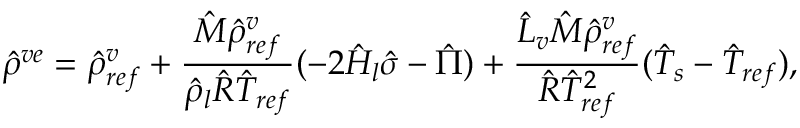
\hat { \rho } ^ { v e } = \hat { \rho } _ { r e f } ^ { v } + \frac { \hat { M } \hat { \rho } _ { r e f } ^ { v } } { \hat { \rho } _ { l } \hat { R } \hat { T } _ { r e f } } ( - 2 \hat { H } _ { l } \hat { \sigma } - \hat { \Pi } ) + \frac { \hat { L } _ { v } \hat { M } \hat { \rho } _ { r e f } ^ { v } } { \hat { R } \hat { T } _ { r e f } ^ { 2 } } ( \hat { T } _ { s } - \hat { T } _ { r e f } ) ,